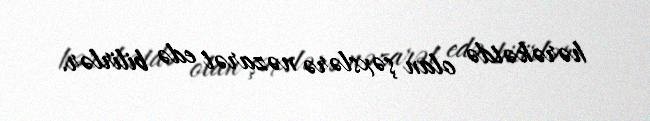
hərəkətdə olan şəxslərə nəzarət edə bilirlər.